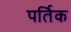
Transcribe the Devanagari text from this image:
पर्तिक